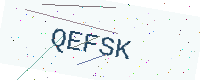
Text: QEFSK